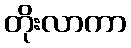
တိုးလာကာ